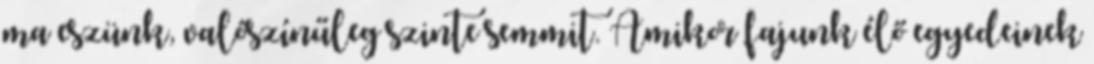
ma eszünk, valószínűleg szinte semmit. Amikor fajunk élő egyedeinek